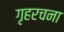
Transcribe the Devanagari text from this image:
गृहरचना